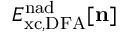
E _ { \mathrm { { x c , D F A } } } ^ { \mathrm { n a d } } [ { \bf n } ]